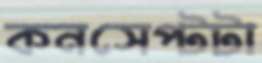
কনসেপ্টটা